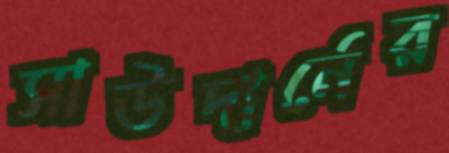
সাউদার্নের